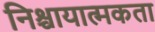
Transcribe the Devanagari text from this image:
निश्चायात्मकता